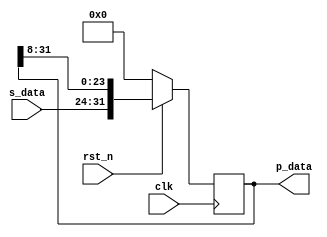
module s2p( 
			clk, 
			s_data, 
			p_data,
			rst_n);


localparam BLOCK_SIZE = 4;
localparam WORD_SIZE = 8;

input wire rst_n;
input wire clk;
input wire [WORD_SIZE-1:0] s_data;
output reg [BLOCK_SIZE*WORD_SIZE-1:0] p_data;

initial begin
	p_data = {(BLOCK_SIZE*WORD_SIZE){1'b0}};
end

always @(posedge clk) begin
	if (!rst_n) begin
		p_data <= {(BLOCK_SIZE*WORD_SIZE){1'b0}};
	end
	else begin
		p_data <= {s_data, p_data[BLOCK_SIZE*WORD_SIZE-1:WORD_SIZE]};
	end
end

endmodule